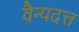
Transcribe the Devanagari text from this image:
वैन्यदत्त